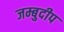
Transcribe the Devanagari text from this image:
जम्बुदीप